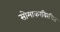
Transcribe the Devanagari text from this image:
सोमाकरविरचित